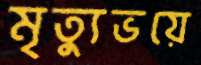
মৃত্যুভয়ে